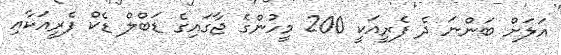
އަލަށް ބަންނަ ދެ ފެރީއަކީ 200 މީހުންގެ ޖާގައިގެ ޑަބްލް ޑެކް ފެރީއަކާއި